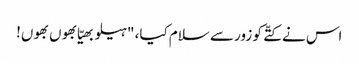
اس نے کتّے کو زور سے سلام کیا، "ہیلو بھیّا بھوں بھوں!